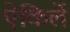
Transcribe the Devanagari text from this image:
ऐकिलें